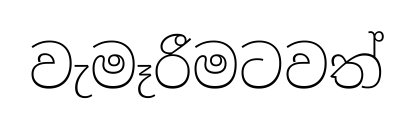
වැමෑරීමටවත්